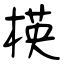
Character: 楧